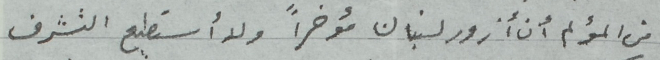
من المؤلم أن أزور لبنان مؤخراً ولا أستطيع التشرف